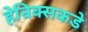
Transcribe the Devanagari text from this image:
हेन्रिक्सकडे